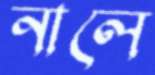
নালে